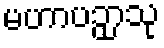
မဟာပဉှာသု